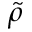
\widetilde { \rho }